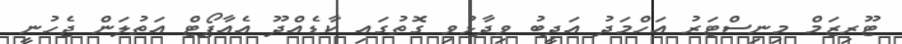
ޓޫރިޒަމް މިނިސްޓަރު އަހްމަދު އަދީބު ވިދާޅުވި ގޮތުގައި ކާޑެއްދޫ އެއާޕޯޓް އަތުލަން ޖެހުނީ